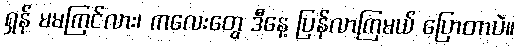
ရှန် မမကြင်လား၊ ကလေးတွေ ဒီနေ့ ပြန်လာကြမယ် ပြောတာပဲ။